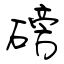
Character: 磅